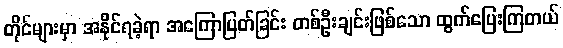
တိုင်များမှာ အနိုင်ရခဲ့ရာ အကြောပြတ်ခြင်း တစ်ဦးချင်းဖြစ်သော ထွက်ပြေးကြတယ်